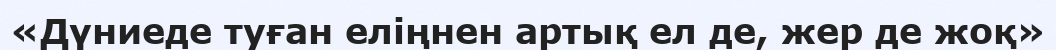
«Дүниеде туған еліңнен артық ел де, жер де жоқ»